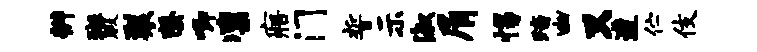
辨斑暇裂罄唧凛寤门誓示淑屑惕踏幽又遭伫伎